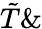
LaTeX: \tilde{T}\&